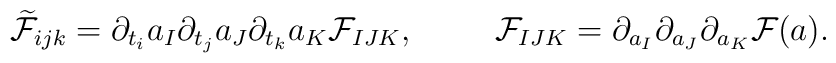
\widetilde{\cal F}_{ijk}=\partial_{t_{i}}a_{I} \partial_{t_{j}}a_{J}\partial_{t_{k}}a_{K} {\cal F}_{IJK}, \hskip10mm{\cal F}_{IJK}=\partial_{a_{I}}\partial_{a_{J}}\partial_{a_{K}}{\cal F}(a).